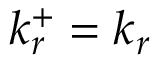
k _ { r } ^ { + } = k _ { r }